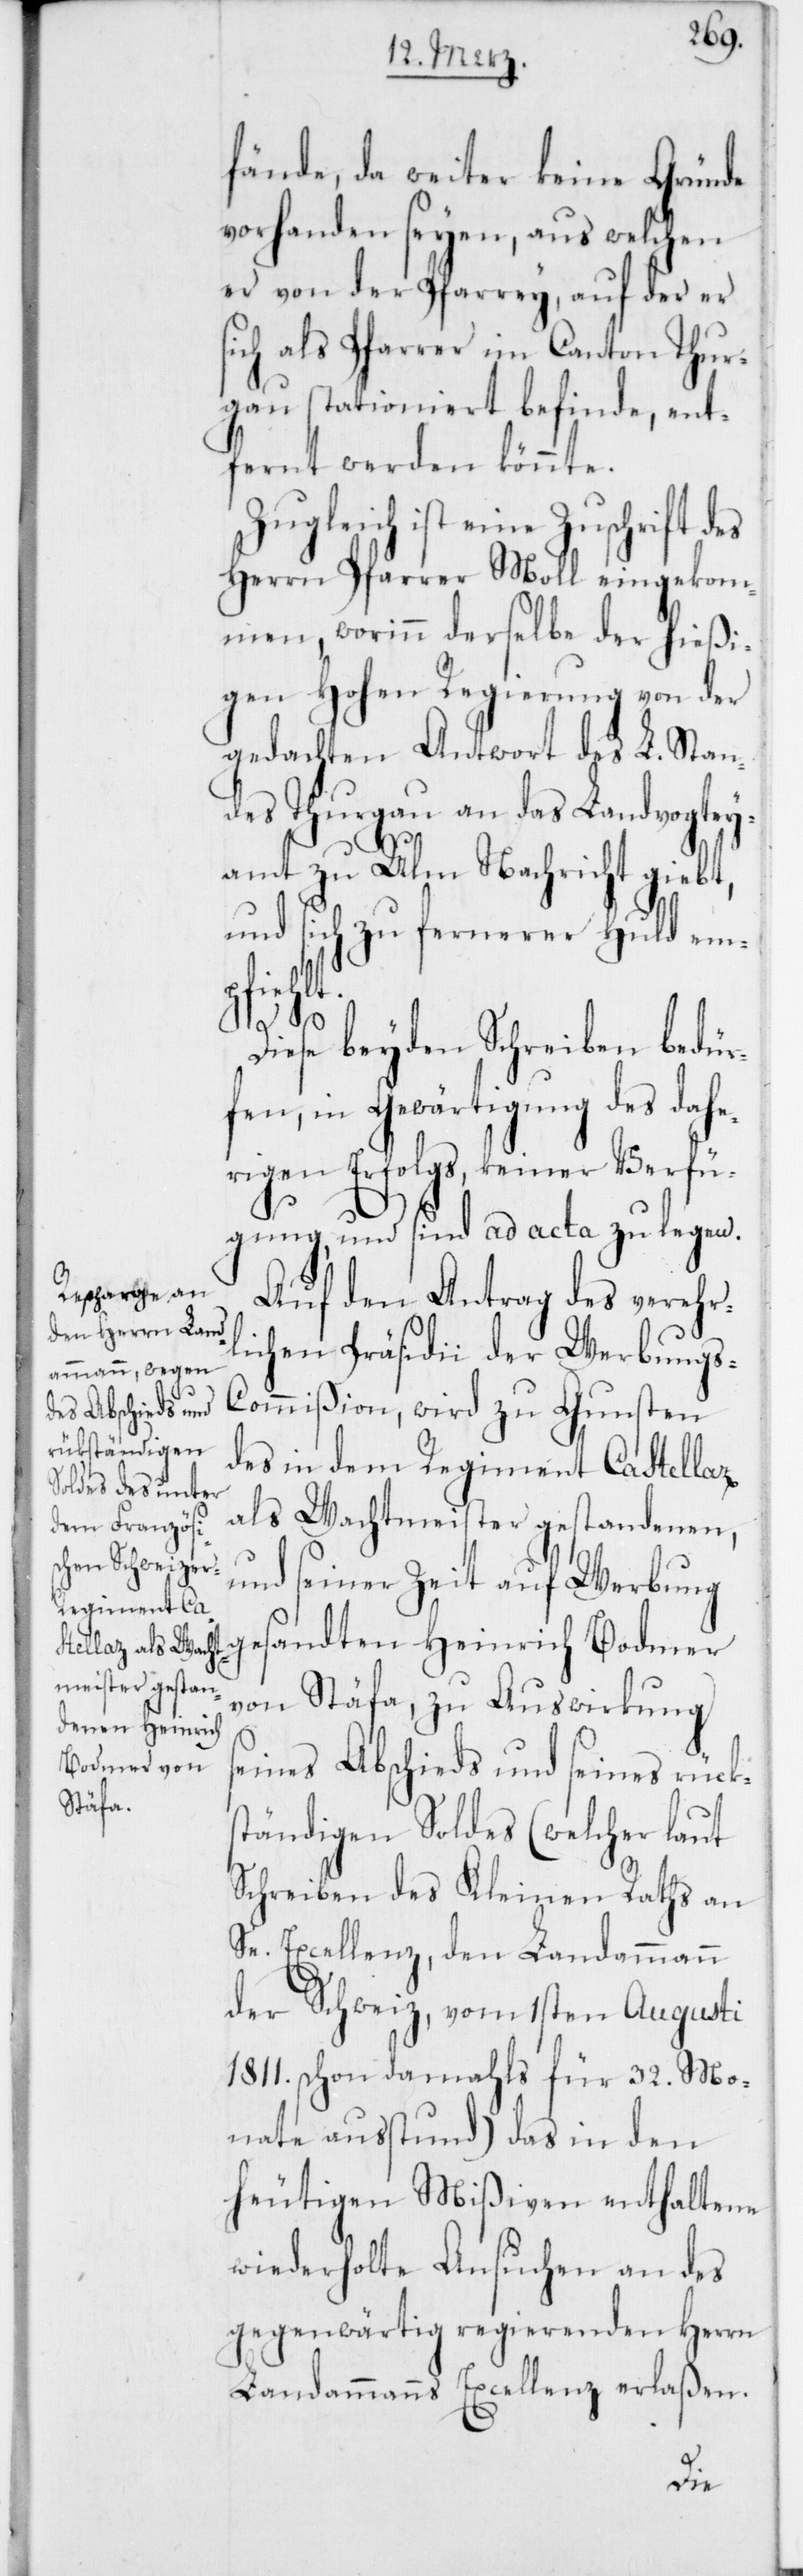
fände, da weiter keine Gründe
vorhanden seyen, aus welchen
er von der Pfarrey, auf der er
ich als Pfarrer im Canton Thur¬
gau stationiert befinde, ent¬
fernt werden könnte.
Zugleich ist eine Zuschrift d¬
Herrn Pfarrer Moll eingekom¬
men, worinn derselbe der hießi¬
gen Hohen Regierung von der
gedachten Antwort des L. Stan¬
des Thurgau an das Landvogtey¬
amt zu Ulm Nachricht gieb¬
und sich zu fernerer Huld em¬
pfiehlt.
Diese beyden Schreiben bedür¬
fen, in Gewärtigung des dahe¬
rigen Erfolgs, keiner Verfü¬
gung, und sind ad acta zu legen.
Auf den Antrag des verehr¬
lichen Präsidii der Werbungs-C¬
ommißion, wird zu Gunsten
des in dem Regiment Castellaz
als Wachtmeister gestandenen,
und seiner Zeit auf Werbung
gesandten Heinrich Bodmer
von Stäfa, zu Auswirkung
s¬
eines Abschieds und seines rücks¬
tändigen Soldes (welcher laut
Schreiben des Kleinen Raths an
Se. Excellenz, den Landammann
der Schweiz, vom 1sten Augusti
1811. schon damahls für 32. Mo¬
nate ausstund) das in den
heutigen Mißiven enthaltene
wiederholte Ansuchen an des
gegenwärtig regierenden Herrn
Landammanns Excellenz erlaßen.